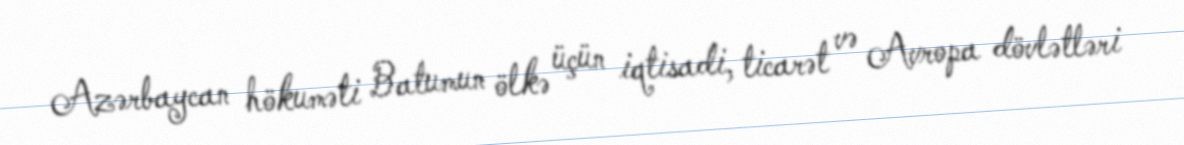
Azərbaycan hökuməti Batumun ölkə üçün iqtisadi, ticarət və Avropa dövlətləri